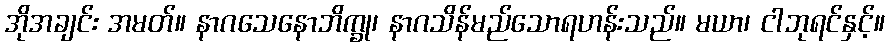
အိုအချင်း အမတ်။ နာဂသေနောဘိက္ခု၊ နာဂသိန်မည်သောရဟန်းသည်။ မယာ၊ ငါဘုရင်နှင့်။